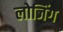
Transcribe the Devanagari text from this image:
लोजिंग